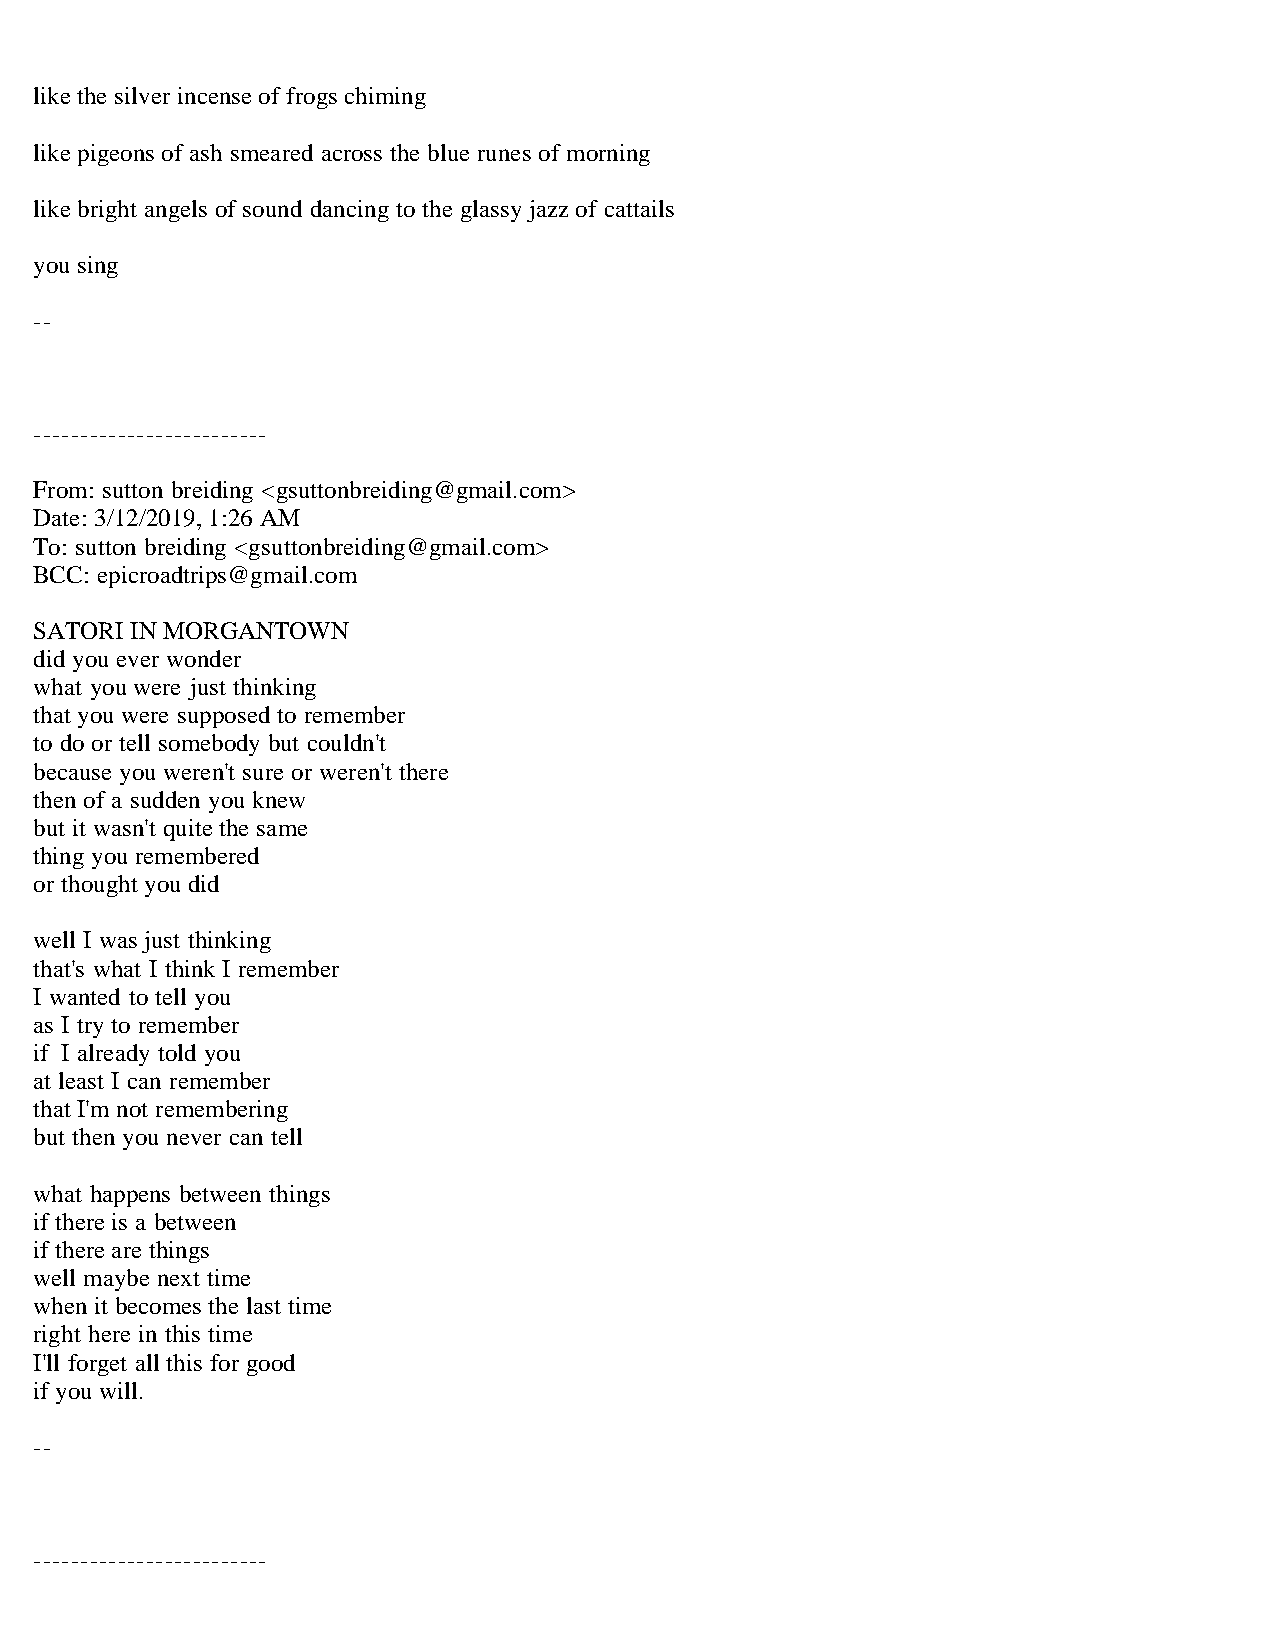
like the silver incense of frogs chiming
 like pigeons of ash smeared across the blue runes of morning
 like bright angels of sound dancing to the glassy jazz of cattails
 you sing
 --
 -------------------------
 From: sutton breiding <gsuttonbreiding@gmail.com>
 Date: 3/12/2019, 1:26 AM
 To: sutton breiding <gsuttonbreiding@gmail.com>
 BCC: epicroadtrips@gmail.com
 SATORI IN MORGANTOWN
 did you ever wonder
 what you were just thinking
 that you were supposed to remember
 to do or tell somebody but couldn't
 because you weren't sure or weren't there
 then of a sudden you knew
 but it wasn't quite the same
 thing you remembered
 or thought you did
 well I was just thinking
 that's what I think I remember
 I wanted to tell you
 as I try to remember
 if I already told you
 at least I can remember
 that I'm not remembering
 but then you never can tell
 what happens between things
 if there is a between
 if there are things
 well maybe next time
 when it becomes the last time
 right here in this time
 I'll forget all this for good
 if you will.
 --
 -------------------------